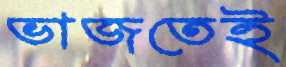
ভাজতেই